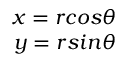
\begin{array} { r } { x = r c o s \theta } \\ { y = r s i n \theta } \end{array}